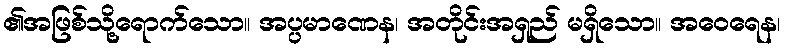
၏အဖြစ်သို့ရောက်သော။ အပ္ပမာဏေန၊ အတိုင်းအရှည် မရှိသော။ အဝေရေန၊